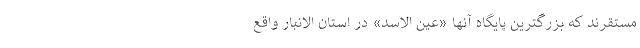
مستقرند که بزرگترین پایگاه آنها «عین الاسد» در استان الانبار واقع